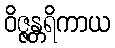
ဝိဇ္ဇန္တရိကာယ